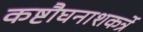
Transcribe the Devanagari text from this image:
कष्टौघनाशकर्त्रे